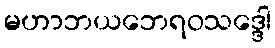
မဟာဘယဘေရဝသဒ္ဒေါ